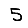
Digit: 5